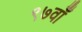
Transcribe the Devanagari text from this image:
९७वाँ